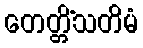
တေတ္တိံသတိမံ